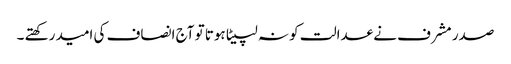
صدر مشرف نے عدالت کو نہ لپیٹا ہوتا تو آج انصاف کی امید رکھتے ۔